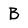
Character: B